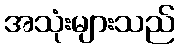
အသုံးများသည်